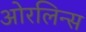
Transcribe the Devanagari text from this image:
ओरलिन्स